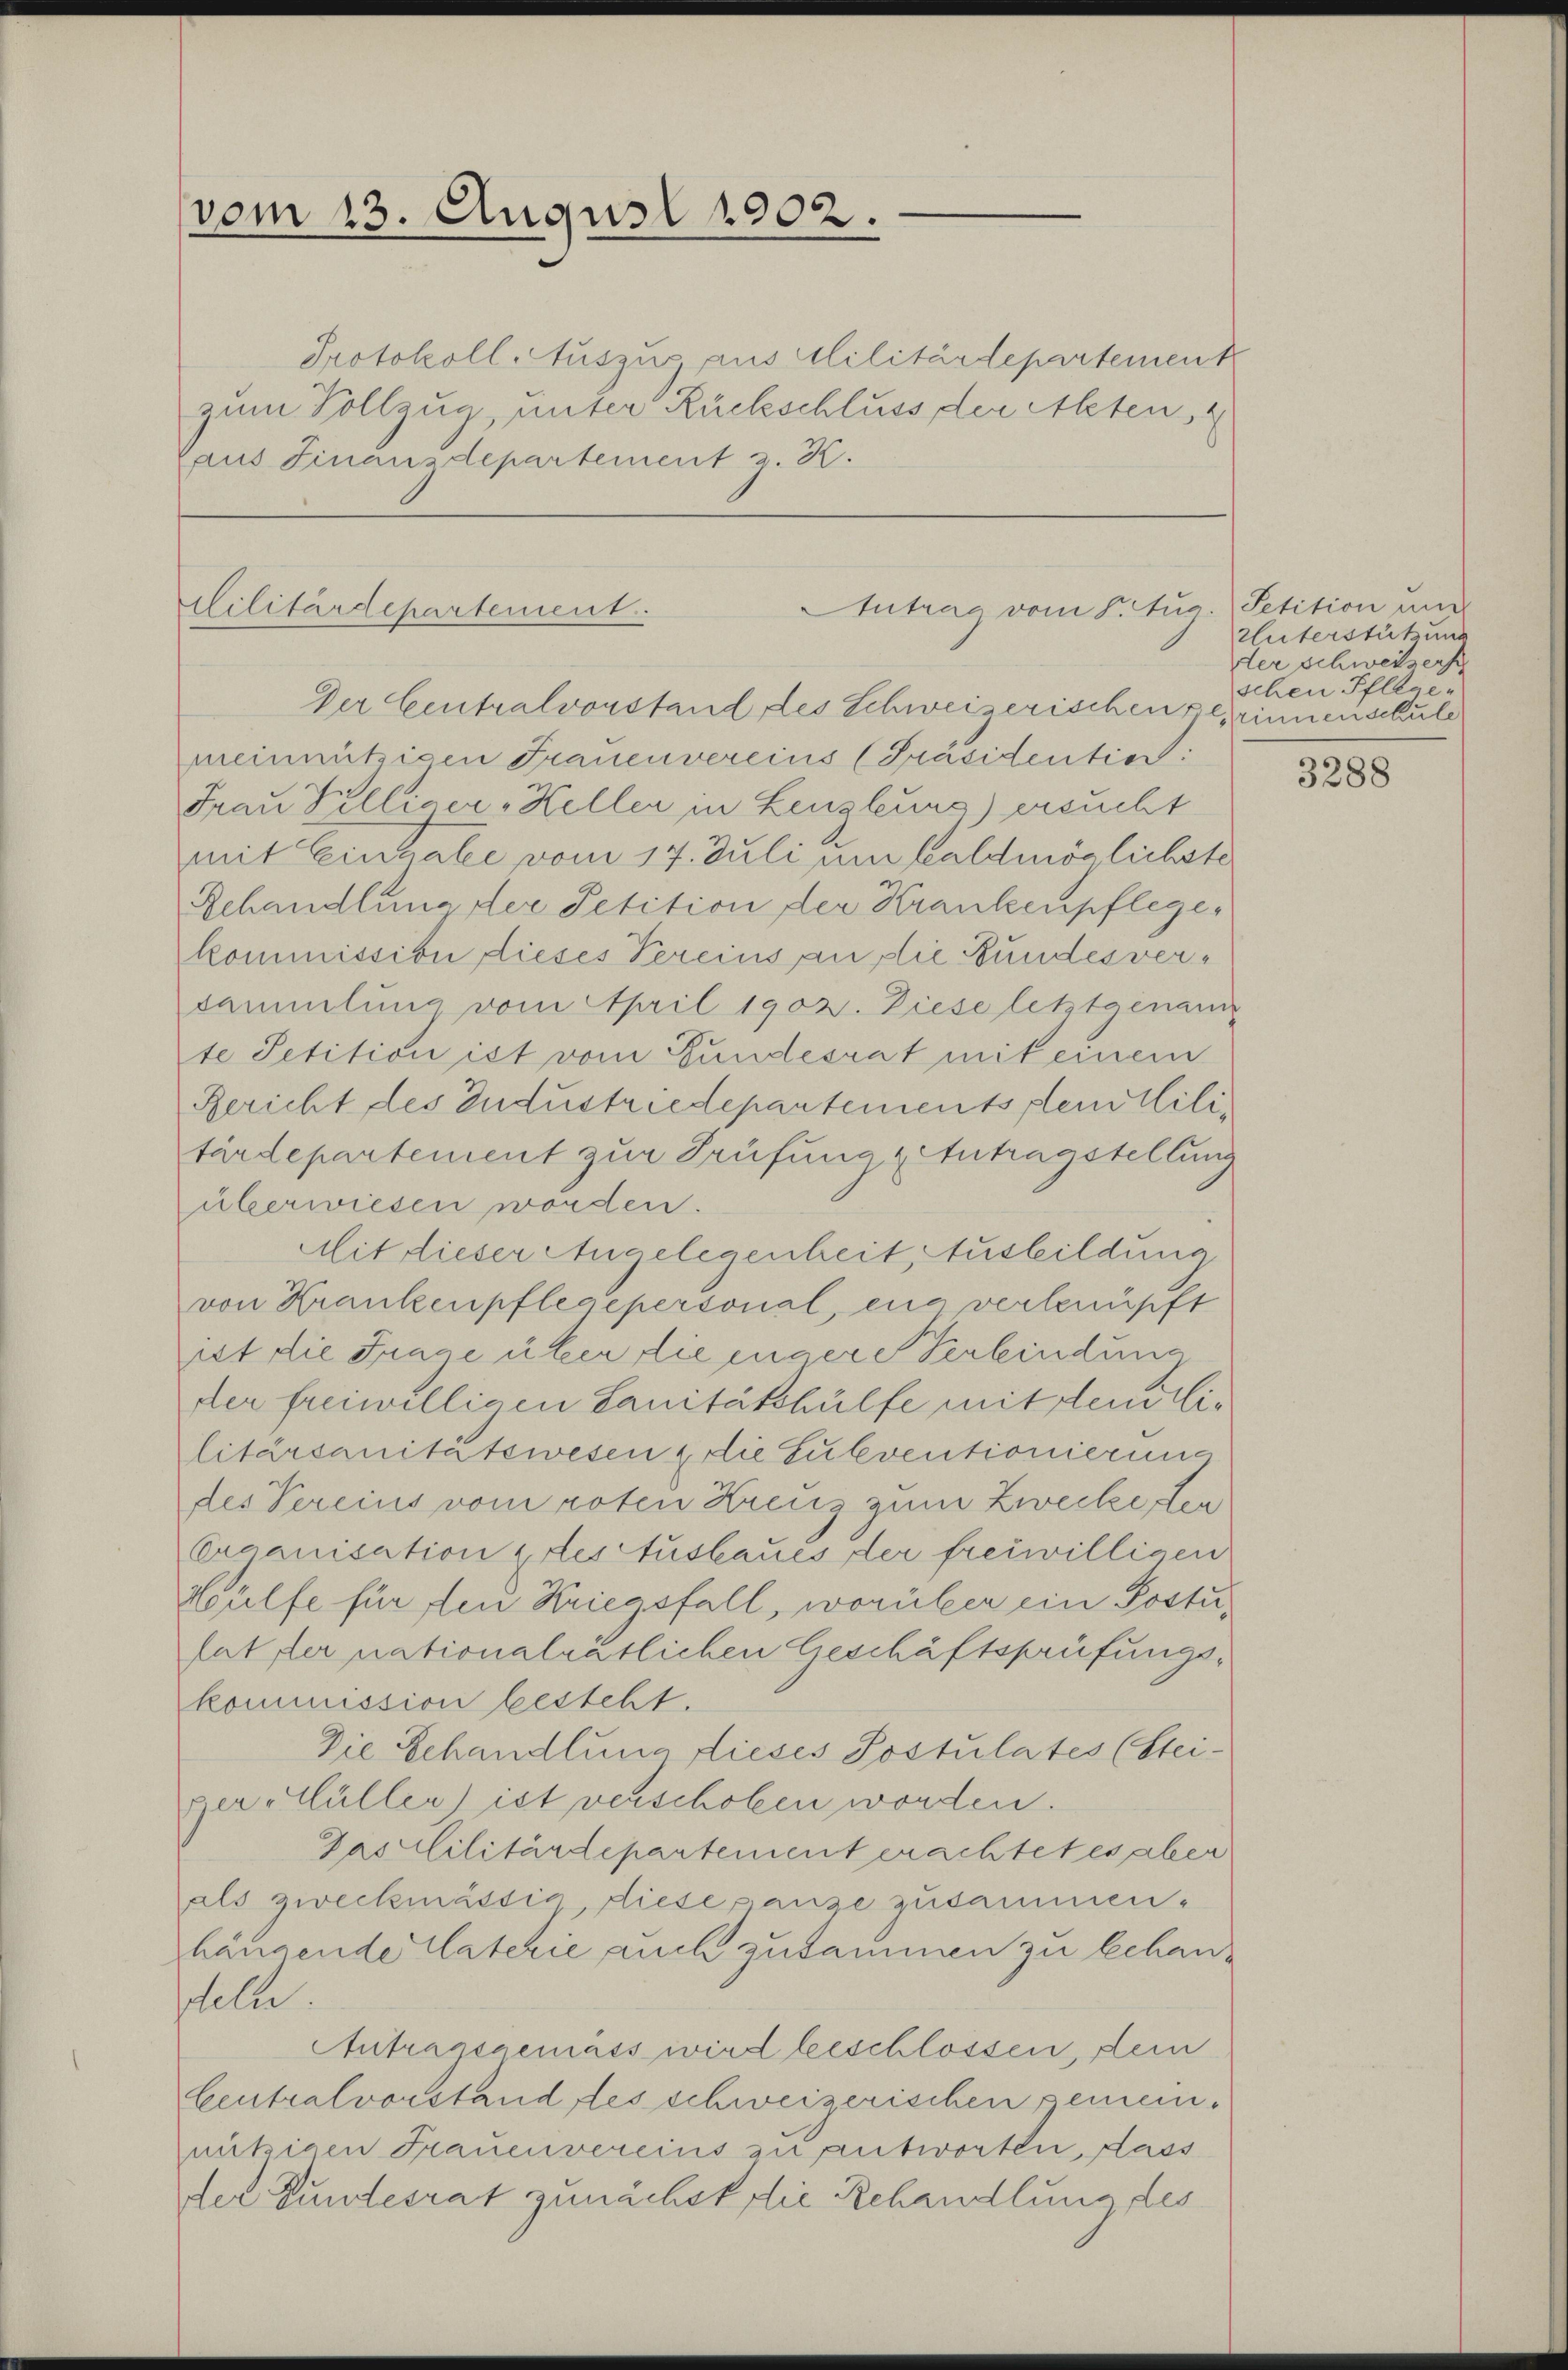
vom 13. August 1902.

Protokoll Auszus aus Militärdepartement
zum Vollzug, unter Rückschluss der Alten,
Daus Finanzdepartement z. K.

Antrag vom 5. Aug.
Militärdepartement.

Der Centralvorstand des Schweizerischen gerinnenschule
meinnützigen Frauenvereins (Präsidentint:
Frau Tilliger - Heller in Lengleurs) ersucht
mit Einhale vom 17. Juli um baldmöglichste
Behandlung der Petition der Krankenpflegekommission dieses Vereins an die Bundesversammlung vom April 1902. Diese letztgenan
te Petition ist vom Bundesrat mit einem
Bericht des Industriedepartements per Militärdepartement zur Prüfung & Antragstellung
überwiesen worden.
Mit dieser Angelegenheit Ausbildung
von Krankenpflege personal, ein verlenüpft
iet die Frage über die engere Verbindung
der freiwilligen Sanitätshülfe mit deutlilitärsanitätswesen & die Subventionierung
des Vereins vom roten Kreuz zum Zwecke den
Organisation pres Ausbaues der freiwilligen
Wülfe für den Kriegsfall, worüber ein Postufatzler nationalrätlichen Geschäftsprüfungskommission besteht.
Die Schandlung dieses Sostulates (Steiger-Hüller) ist verschoben worden.
Das Militärdepartement erachtet es aber
als zweckmässig diese ganze zusammen.
häusende Vaterie auch zusammen zu behanscellen.
Autrausgemäss wird beschlossen, sein
Centralvorstand des schweizerischen gemeinnützigen Frauenvereins zu antworten, dass
der Bundesrat zunächst die Rehandlung des

Petition und
Unterstützung
der Schweizerst
schen Pflege.

3288